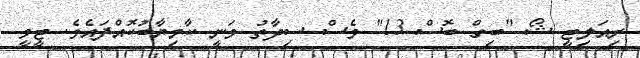
ރިއަލިޓީ ޝޯ "ބިގް ބޮސް 13" ވެސް ސިދާތު ވަނީ ކާމިޔާބުކޮއްފައެވެ. ޓީވީ